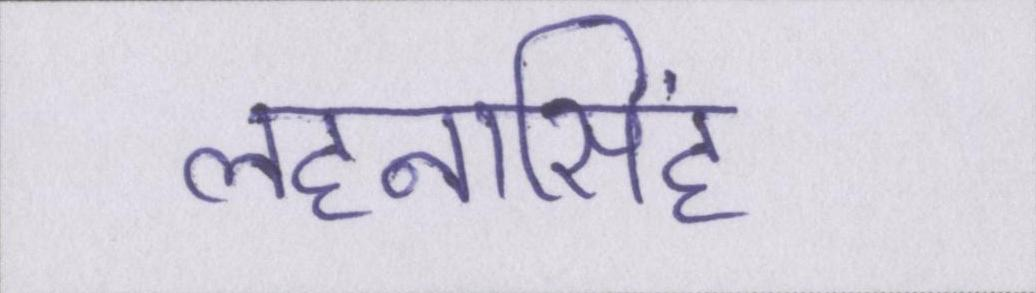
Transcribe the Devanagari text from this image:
लहनासिंह